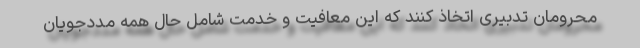
محرومان تدبیری اتخاذ کنند که این معافیت و خدمت شامل حال همه مددجویان